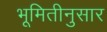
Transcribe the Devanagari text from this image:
भूमितीनुसार